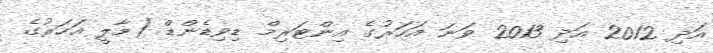
އަދި 2012 އަދި 2013 ވަނަ އަހަރުގެ އިންޓަރިމް ޑިވިޑެންޑް (މާލީ އަހަރުގެ